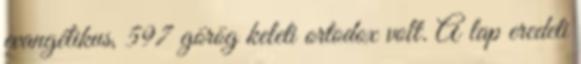
evangélikus, 597 görög keleti ortodox volt. A lap eredeti